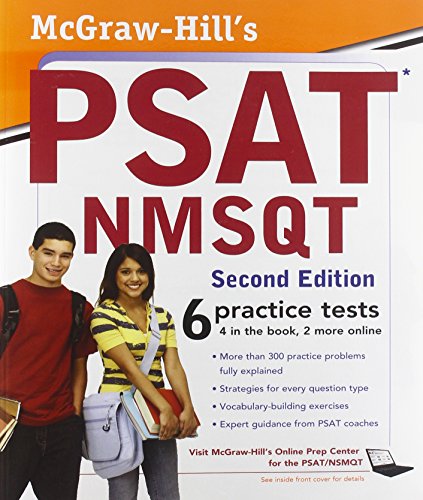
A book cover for McGraw-Hill's PSAT/NMSQT, Second Edition; Christopher Black; Test Preparation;